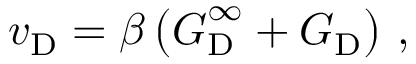
\boldsymbol { v } _ { \mathrm { D } } = \beta \left( \boldsymbol { G } _ { \mathrm { D } } ^ { \infty } + \boldsymbol { G } _ { \mathrm { D } } \right) \, ,